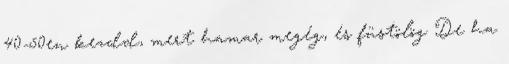
40-50en kezdd, mert hamar megég, és füstölög De ha